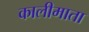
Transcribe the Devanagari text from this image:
कालीमाता